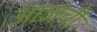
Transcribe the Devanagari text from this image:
अाजची